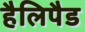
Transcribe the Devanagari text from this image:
हैलिपैड